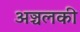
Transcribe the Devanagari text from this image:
अञ्चलकी